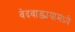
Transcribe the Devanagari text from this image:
वेदवाङ्मयामध्ये